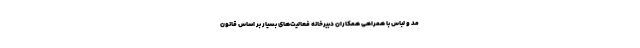
مد و لباس با همراهی همکاران دبیرخانه فعالیت‌های بسیار بر اساس قانون